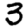
Digit: 3